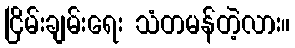
ငြိမ်းချမ်းရေး သံတမန်တဲ့လား။